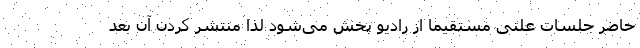
حاضر جلسات علنی مستقیما از رادیو پخش می‌شود لذا منتشر کردن آن بعد